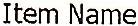
ITEM NAME